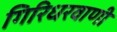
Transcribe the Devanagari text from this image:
गिरिधरवाणी